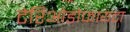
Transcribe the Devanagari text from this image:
टेरिओडोफायटा